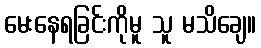
မေးနေရခြင်းကိုမူ သူ မသိချေ။